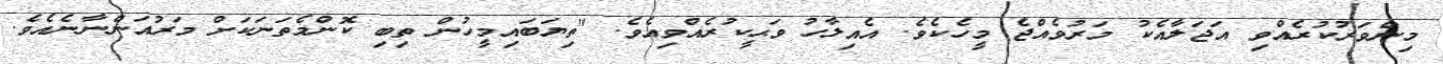
މިންވަރުކުރެއްވި އަޖަލާއެކު މަރުވެއްޖެ މީހެކެވެ. އެއިލާހު ވަޙީކުރެއްވިއެވެ. "ތިޔަބައިމީހުން ތިބި ކޮންމެތަނަކަށް މަރުއަންނާނެއެވެ.